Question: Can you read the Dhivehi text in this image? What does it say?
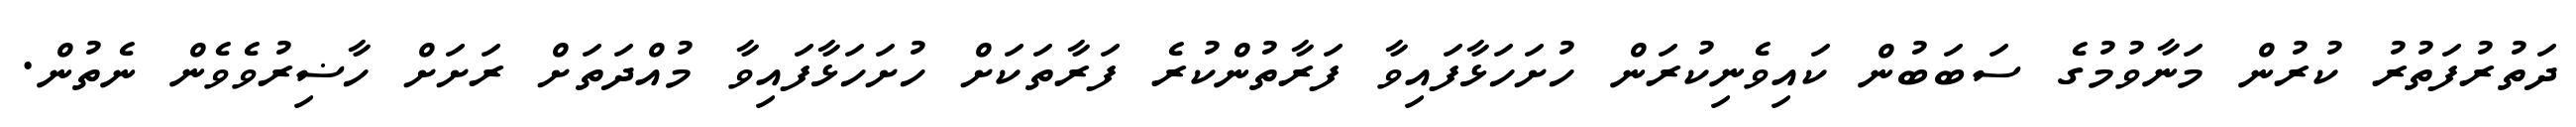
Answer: ދަތުރުފަތުރު ކުރުން މަނާވުމުގެ ސަބަބުން ކައިވެނިކުރަން ހުށަހަޅާފައިވާ ފަރާތުންކުރެ ފަރާތަކަށް ހުށަހަޅާފައިވާ މުއްދަތަށް ރަށަށް ހާޟިރުވެވެން ނެތުން.